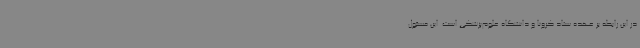
در این رابطه بر عهده ستاد کرونا و دانشگاه‌ علوم‌پزشکی است. این مسئول